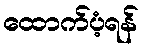
ထောက်ပံ့ရန်